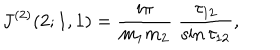
LaTeX: J ^ { ( 2 ) } ( 2 ; 1 , 1 ) = \frac { \mathrm { i } \pi } { m _ { 1 } m _ { 2 } } \; \frac { \tau _ { 1 2 } } { \sin \tau _ { 1 2 } } ,